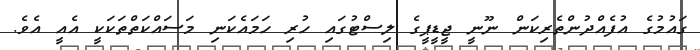
ގައުމުގެ އުފެއްދުންތެރިކަން ނޫނީ ޖީޑީޕީގެ ލިސްޓުގައި ހުރި ހަމައެކަނި މަސައްކަތްތަކަކީ އެއީ އެވެ.